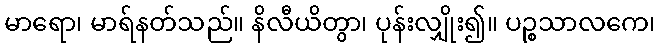
မာရော၊ မာရ်နတ်သည်။ နိလီယိတွာ၊ ပုန်းလျှိုး၍။ ပဉ္စသာလကေ၊